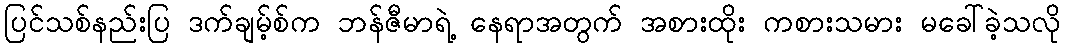
ပြင်သစ်နည်းပြ ဒက်ချမ့်စ်က ဘန်ဇီမာရဲ့ နေရာအတွက် အစားထိုး ကစားသမား မခေါ်ခဲ့သလို